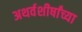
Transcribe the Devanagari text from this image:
अथर्वशीर्षांच्या